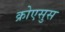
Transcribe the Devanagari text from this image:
क्रोएसुस